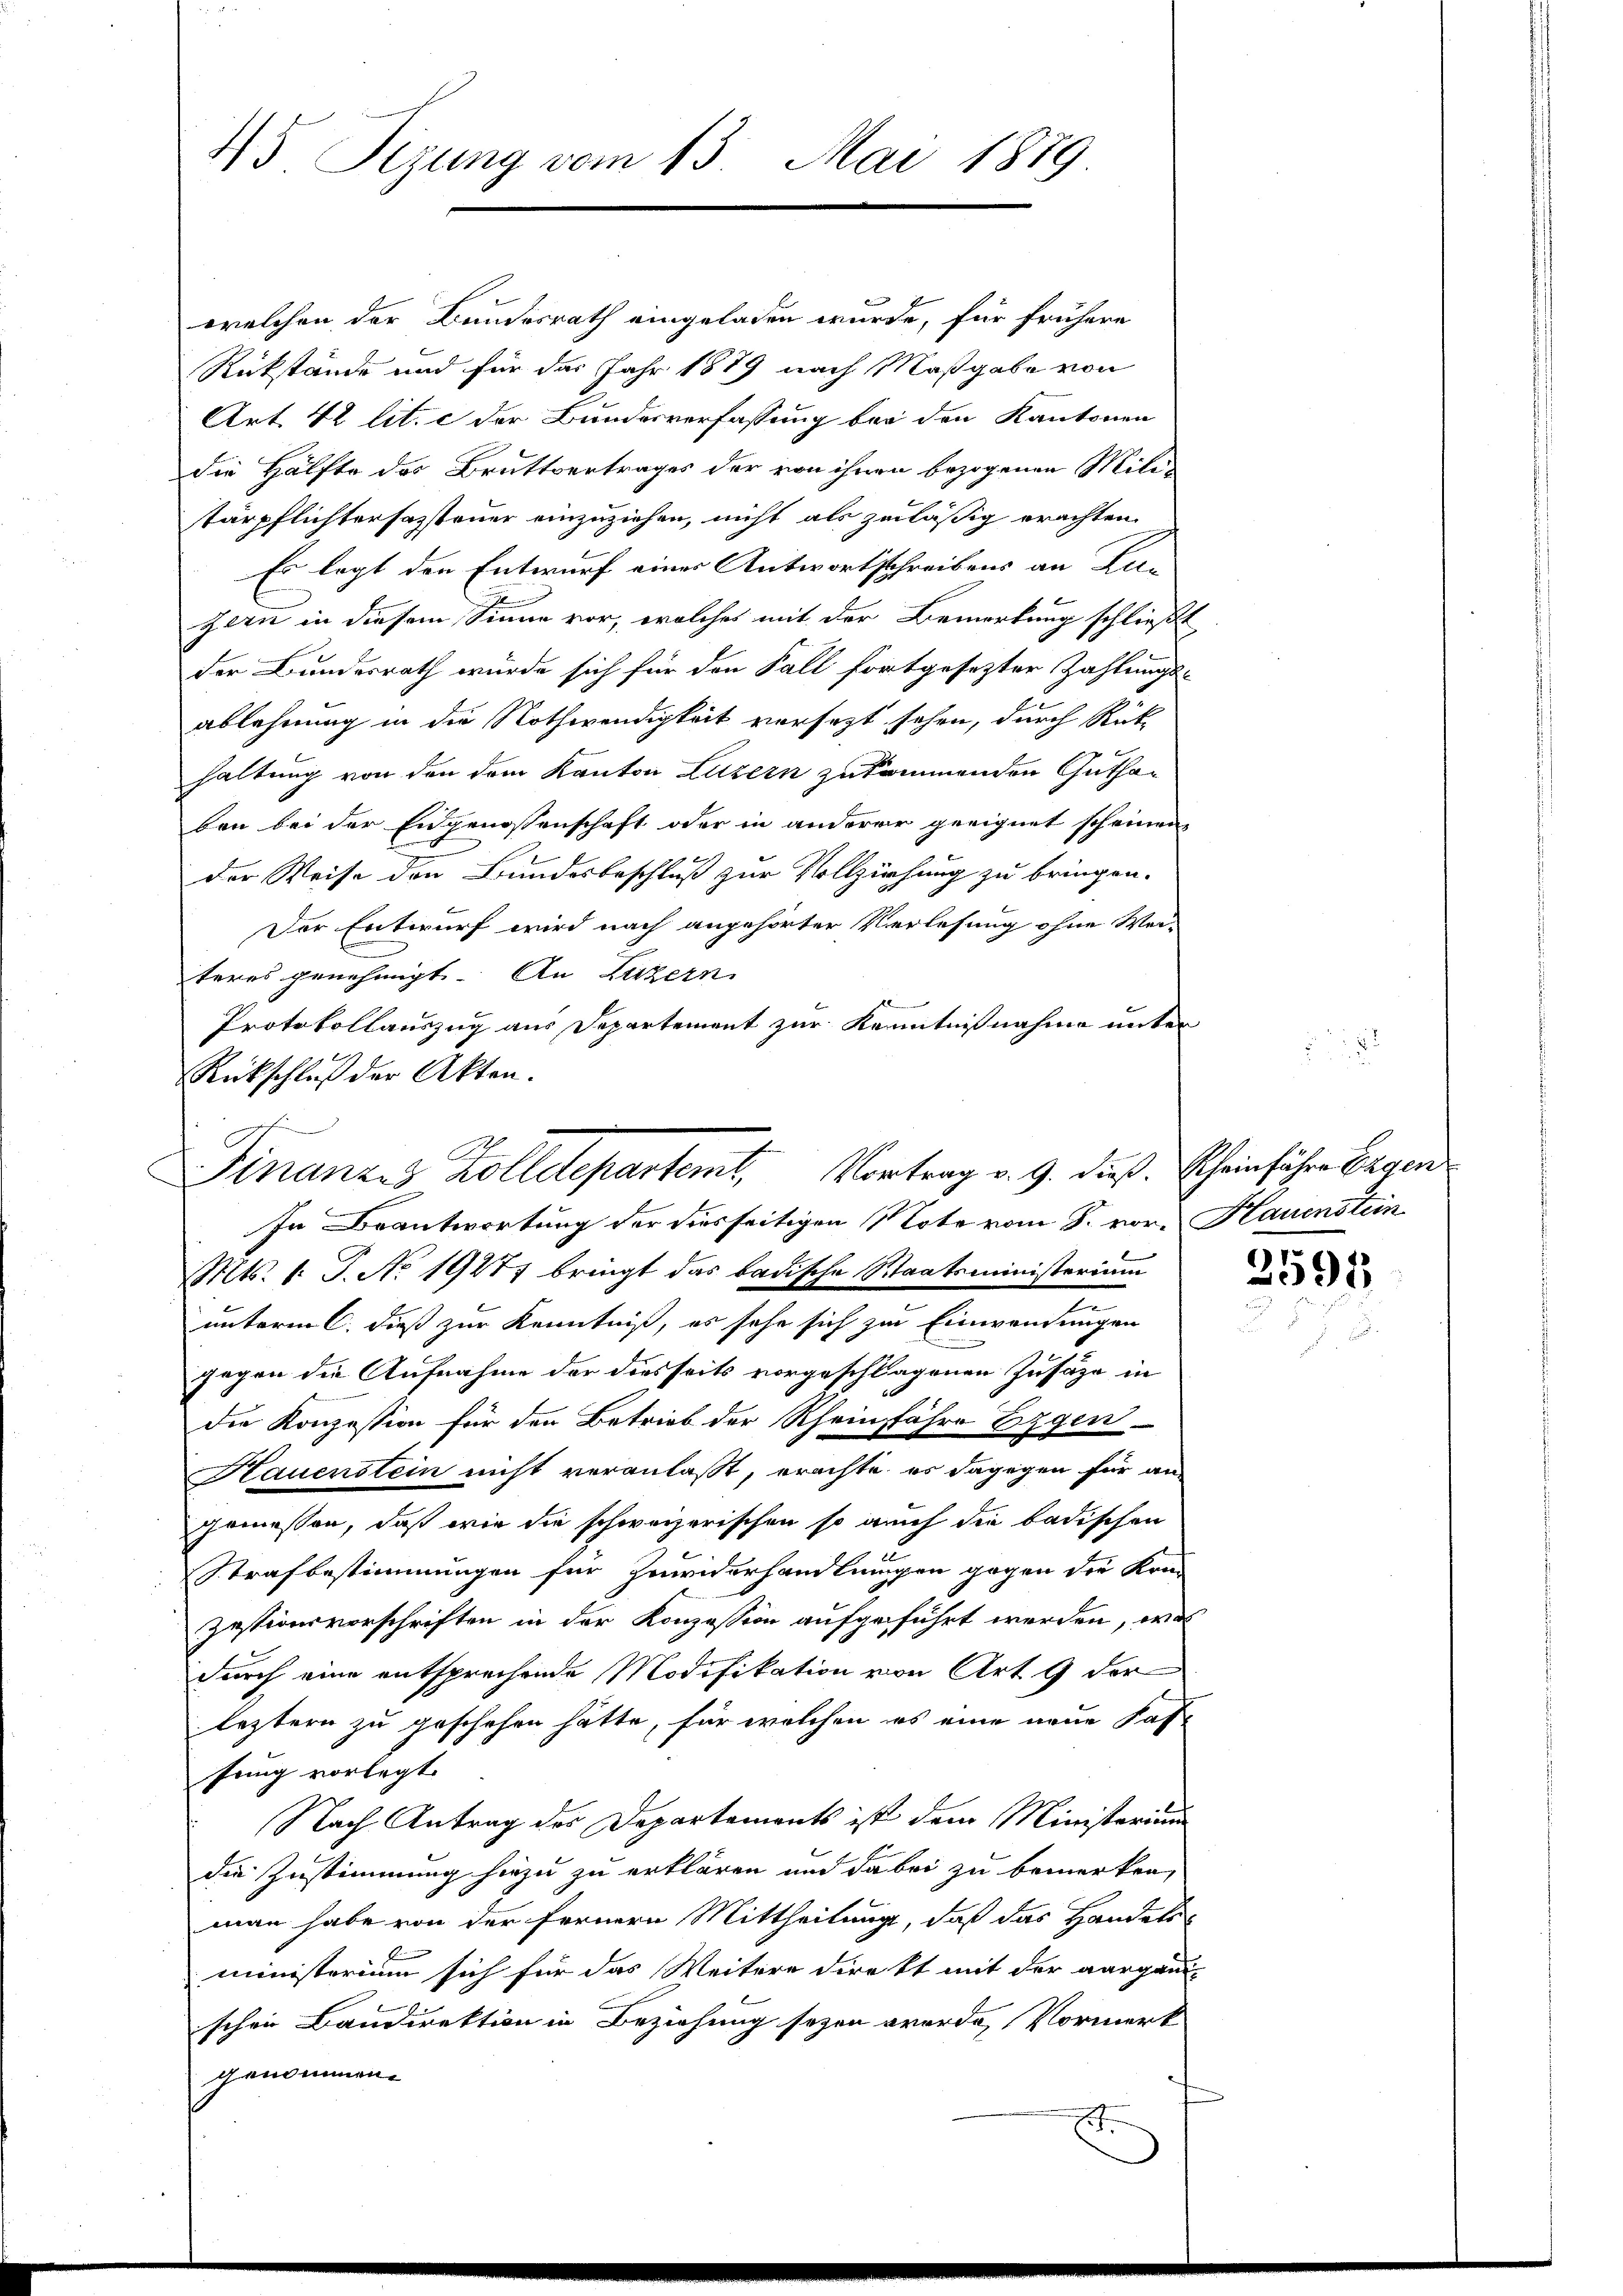
45 Sizung vom 13. Mai 1889

welchen der Bundesrath eingeladen wurde, für frühere
Rückstände und für das Jahr 1879 nach Maßgabe von
Art. 42 lit. c der Bundesverfassung bei den Kantonen
die Hälfte des Bruttvertrages der von ihnen bezogenen Militärpflichtersazsteuer einzuziehen, nicht als zuläßig erachten.
Es legt den Entwurf einer Antwortschreibens an Lan
zern in diesem Sinne vor, welches mit der Bemerkung schließt
der Bundesrath würde sich für den Fall fortgesezter Zahlungs-
ablehnung in die Nothwendigkeit versezt sehen, durch Rück
haltung von den dem Kanton Luzern zukommenden Guthaben bei der Eidgenossenschaft oder in anderer geeignet scheinen
der Weise den Bundesbeschluß zur Vollziehung zu bringen.
Der Entwurf wird nach angehörter Verlesung ohne Wei-
teres genehmigt. An Luzern.
Protokollauszug aus Departement zur Kenntnißnahme unter
Rückschluß der Akten.

Finanzes Zolldepartemt, Vortrag v. 9. dieß. Scheinführe Ergen
In Beantwortung der diesseitigen Note vom 8. vor. Hauenstein

Mts. 1. J. No. 19477 bringt das badische Staatsministerium
n
unterm C. dieß zur Kenntniß, es sehe sich zur Einwendungen
gegen die Aufnahme der diesseits vorgeschlagenen Zusätze in
die Konzession für den Betrieb der Rheinsfahre Eigen
Hauenstein nicht veranlaßt, erachte es dagegen für an-
gemessen, daß wie die schweizerischen so auch die badischen
Strafbestimmungen für Zuwiderhandlungen gegen die Kre-
zestionsvorschriften in der Konzession aufgeführt werden, was
durch eine entsprechende Modifikation von Art. 9 der
leztern zu geschehen hätte, für welchen es eine neue Kas
fung vorlegt.
Nach Antrag des Departements ist dem Ministerium
die Zustimmung hiezu zu erklären und dabei zu bemerken,
man habe von der fernern Mittheilung, daß das Handels-
ministerium sich für das Weitere direkt mit der aargau
schen Bandirektion in Beziehung seyen werde, Vormerk
genommen.
E

2591